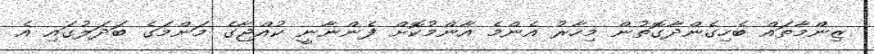
ޒިންމާތައް ބެހިގެންދާގޮތުން މިހާރު އެންމެ އާންމުކޮށް ފެންނާނީ ކުއްޖާގެ މަންމަގެ ބަދަލުގައި އެ